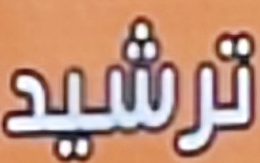
ترشيد